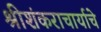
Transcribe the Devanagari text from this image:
श्रीशंकराचार्याचे